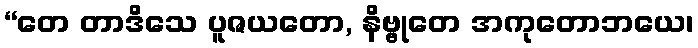
“တေ တာဒိသေ ပူဇယတော, နိဗ္ဗုတေ အကုတောဘယေ၊